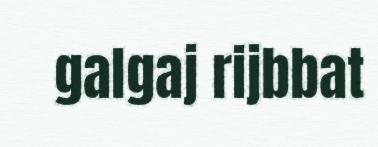
galgaj rijbbat